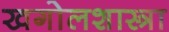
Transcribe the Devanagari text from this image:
खगोलशास्त्रा